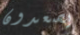
يصعدون